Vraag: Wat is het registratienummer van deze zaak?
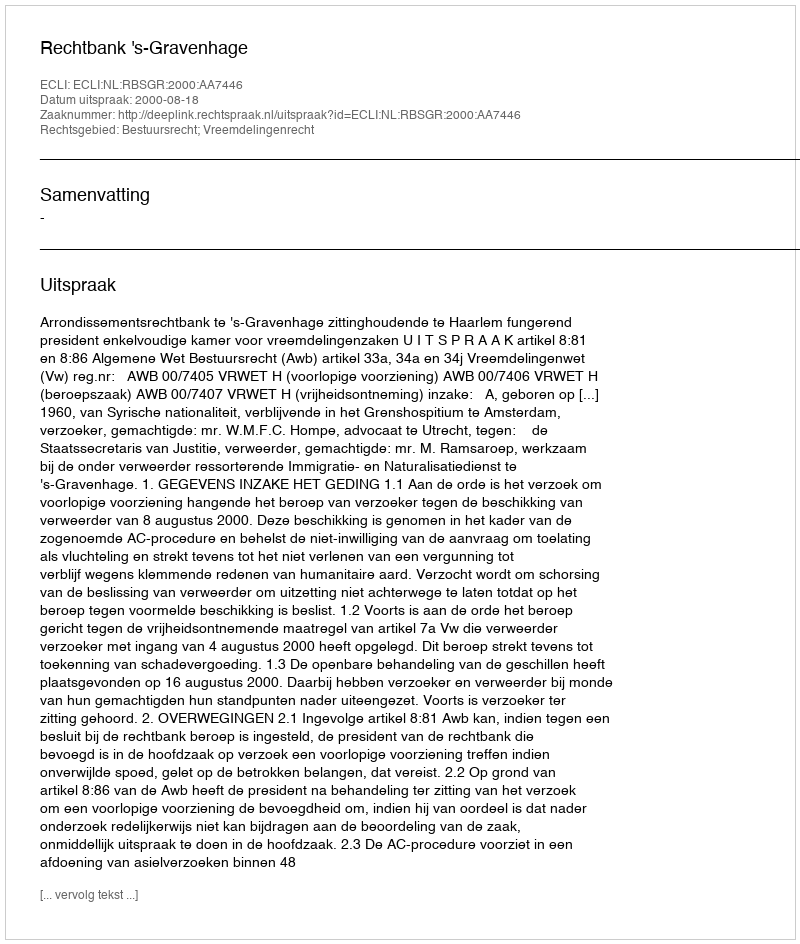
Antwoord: http://deeplink.rechtspraak.nl/uitspraak?id=ECLI:NL:RBSGR:2000:AA7446